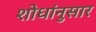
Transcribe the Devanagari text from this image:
शोधांनुसार